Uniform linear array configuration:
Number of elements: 48
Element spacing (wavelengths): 0.25
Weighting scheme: uniform
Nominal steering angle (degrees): -45
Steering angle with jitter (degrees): -45.31
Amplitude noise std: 0.05
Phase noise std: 0.05

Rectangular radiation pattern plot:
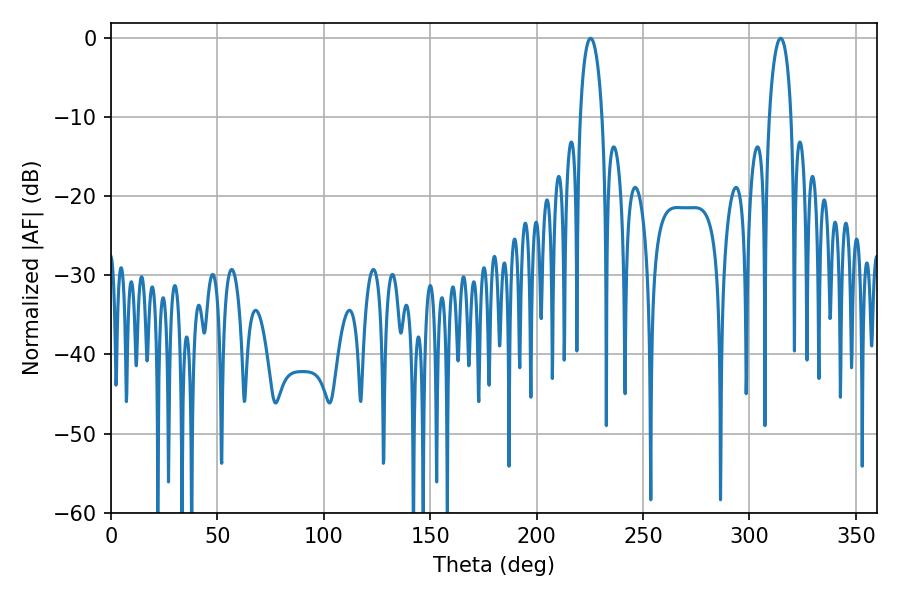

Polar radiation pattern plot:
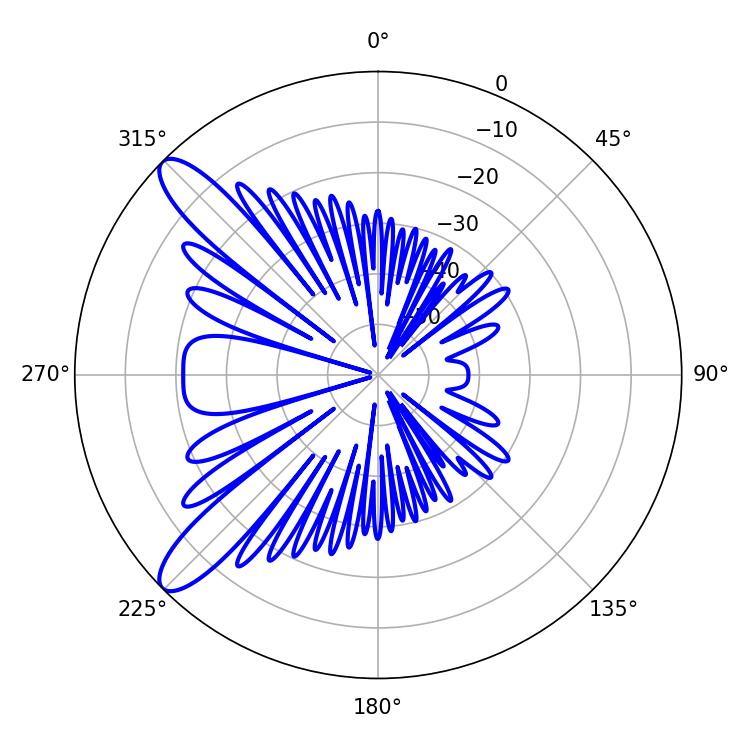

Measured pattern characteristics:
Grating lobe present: FALSE
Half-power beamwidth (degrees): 5.94
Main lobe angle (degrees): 225.36